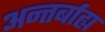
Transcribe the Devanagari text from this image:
अन्तर्बाह्य